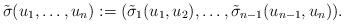
LaTeX: \begin{align*}\tilde{\sigma}(u_1,\dots,u_n) := (\tilde{\sigma}_1(u_1,u_2),\dots, \tilde{\sigma}_{n-1}(u_{n-1},u_n)).\end{align*}